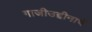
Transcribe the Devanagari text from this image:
गाजीउद्दीनाचें